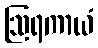
ဩရကာယံ